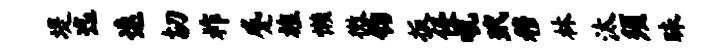
堤迄速切祚蹙旌懒微钧扳侵吼玳穆林汰须昧